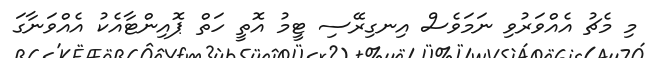
މި މެޗު އެއްވަރުވި ނަމަވެސް އިނގިރޭސި ޓީމު އޮތީ ހަތް ޕޮއިންޓާއެކު އެއްވަނާގަ